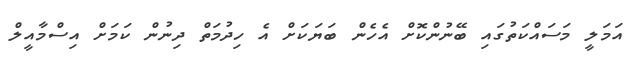
އަމަލީ މަސައްކަތުގައި ބޭނުންކޮށް އެހެން ބަޔަކަށް އެ ހިދުމަތް ދިނުން ކަމަށް އިސްމާއީލް